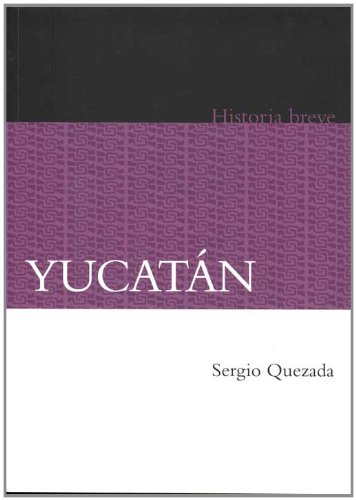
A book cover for YucatÃ¡n. Historia breve (Historia / History) (Spanish Edition); Sergio Quezada; History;